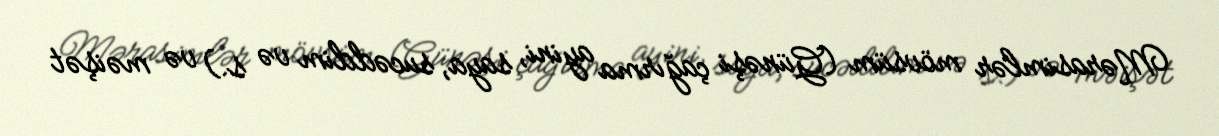
Mərasimlər mövsüm (Günəşi çağırma ayini, saya, sucəddim və s.) və məişət